system: You are a helpful assistant.
user:
Analyze the provided spectrum to determine if it is a **Carbon Star (C-type)**.

- **Key Visual Indicators of Carbon Star:**
    - **(Primary):** Strong molecular absorption from **C₂ (diatomic carbon) "Swan Bands."** This is the **defining feature** of a carbon star.
        - **(Key Bandheads):** Sharp absorption edges are visible at approximately $5635$ Å, $5165$ Å (the strongest band), and $4737$ Å.
        - **(Line Profile):** Creates a distinct **"saw-tooth"** pattern. The key morphology is a sharp, steep bandhead on the **red (long-wavelength) side**, which then gradually tapers off (i.e., flux recovers) towards the **blue (short-wavelength) side**. *(This is the direct opposite of the TiO bands seen in M-type stars)*.

    - **(Secondary):** Intense **CN (cyanogen)** molecular absorption bands.
        - **(Key Bandheads):** Located in the blue and violet regions of the spectrum (e.g., near $4215$ Å and $3883$ Å).
        - **(Morphology):** These bands are extremely broad and act as a "blanket," absorbing the vast majority of blue and violet light. This creates a characteristic **"cliff"** or **"steep drop-off"** in the spectrum's flux at short wavelengths.

    - **(Key Confirmation):** Strong **CH absorption band (G-band)**.
        - **(Key Bandhead):** Located around $4300$ Å. The contribution from CH molecules to this band is exceptionally strong.

    - **(Overall Spectrum):**
        - The continuum is severely "chopped up" by these deep molecular bands, especially C₂, rather than appearing as a smooth curve.
        - Due to the heavy CN and C₂ absorption in the blue-green, the vast majority of the star's flux is concentrated in the red part of the spectrum, giving the star its characteristic deep red color.

Think first, call **spectral_visualization_tool** if needed to examine features in detail, then provide your final answer. Your response must adhere to the following strict rules:
1.  **Overall Structure:** Your response must follow the format `<think>...</think> <tool_call>...</tool_call> (if a tool is used) <answer>...</answer>`.
2.  **Tool Usage Constraint:** You may only make **one** tool call per turn.
3.  **Final Answer Format:** In the `<answer>` tag, your conclusion must be inside a `\boxed{}` command (e.g., `\boxed{YES}`), followed by your justification.

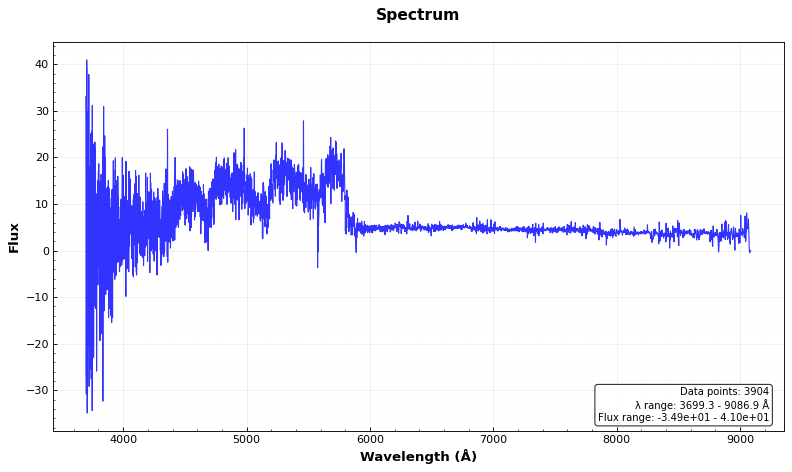
Answer: YES